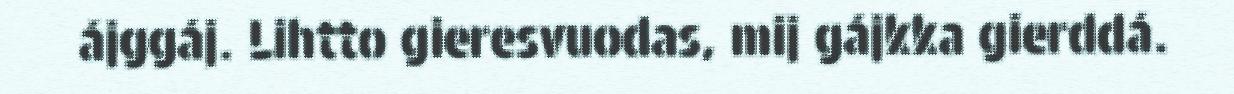
ájggáj. Lihtto gieresvuodas, mij gájkka gierddá.